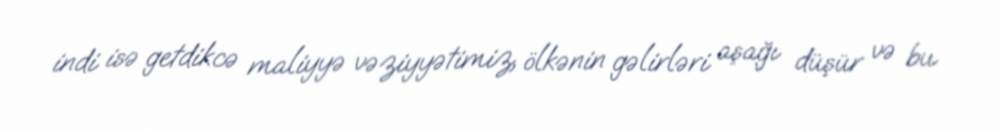
indi isə getdikcə maliyyə vəziyyətimiz, ölkənin gəlirləri aşağı düşür və bu